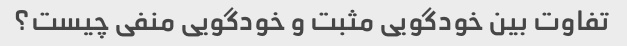
تفاوت بین خودگویی مثبت و خودگویی منفی چیست؟